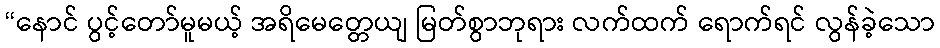
“နောင် ပွင့်တော်မူမယ့် အရိမေတ္တေယျ မြတ်စွာဘုရား လက်ထက် ရောက်ရင် လွန်ခဲ့သော